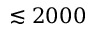
\lesssim 2 0 0 0